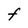
Character: F